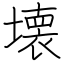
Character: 壊